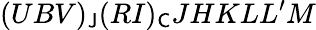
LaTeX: (UBV)_{\mathsf{J}}(RI)_{\mathsf{C}}JHKLL^{\prime}M